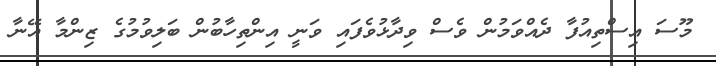
މޫސަ އިސްތިއުފާ ދެއްވަމުން ވެސް ވިދާޅުވެފައި ވަނީ އިންތިހާބުން ބަލިވުމުގެ ޒިންމާ އޭނާ